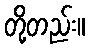
တို့တည်း။